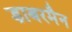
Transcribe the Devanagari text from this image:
डाबरमैन